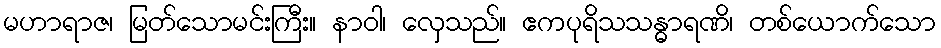
မဟာရာဇ၊ မြတ်သောမင်းကြီး။ နာဝါ၊ လှေသည်။ ဧကပုရိသသန္ဓာရဏိ၊ တစ်ယောက်သော